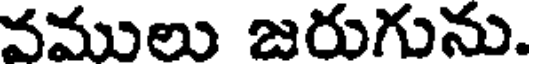
వములు జరుగును.